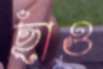
ছাঁও